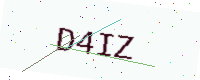
Text: D4IZ